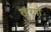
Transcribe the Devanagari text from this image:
खुरपों